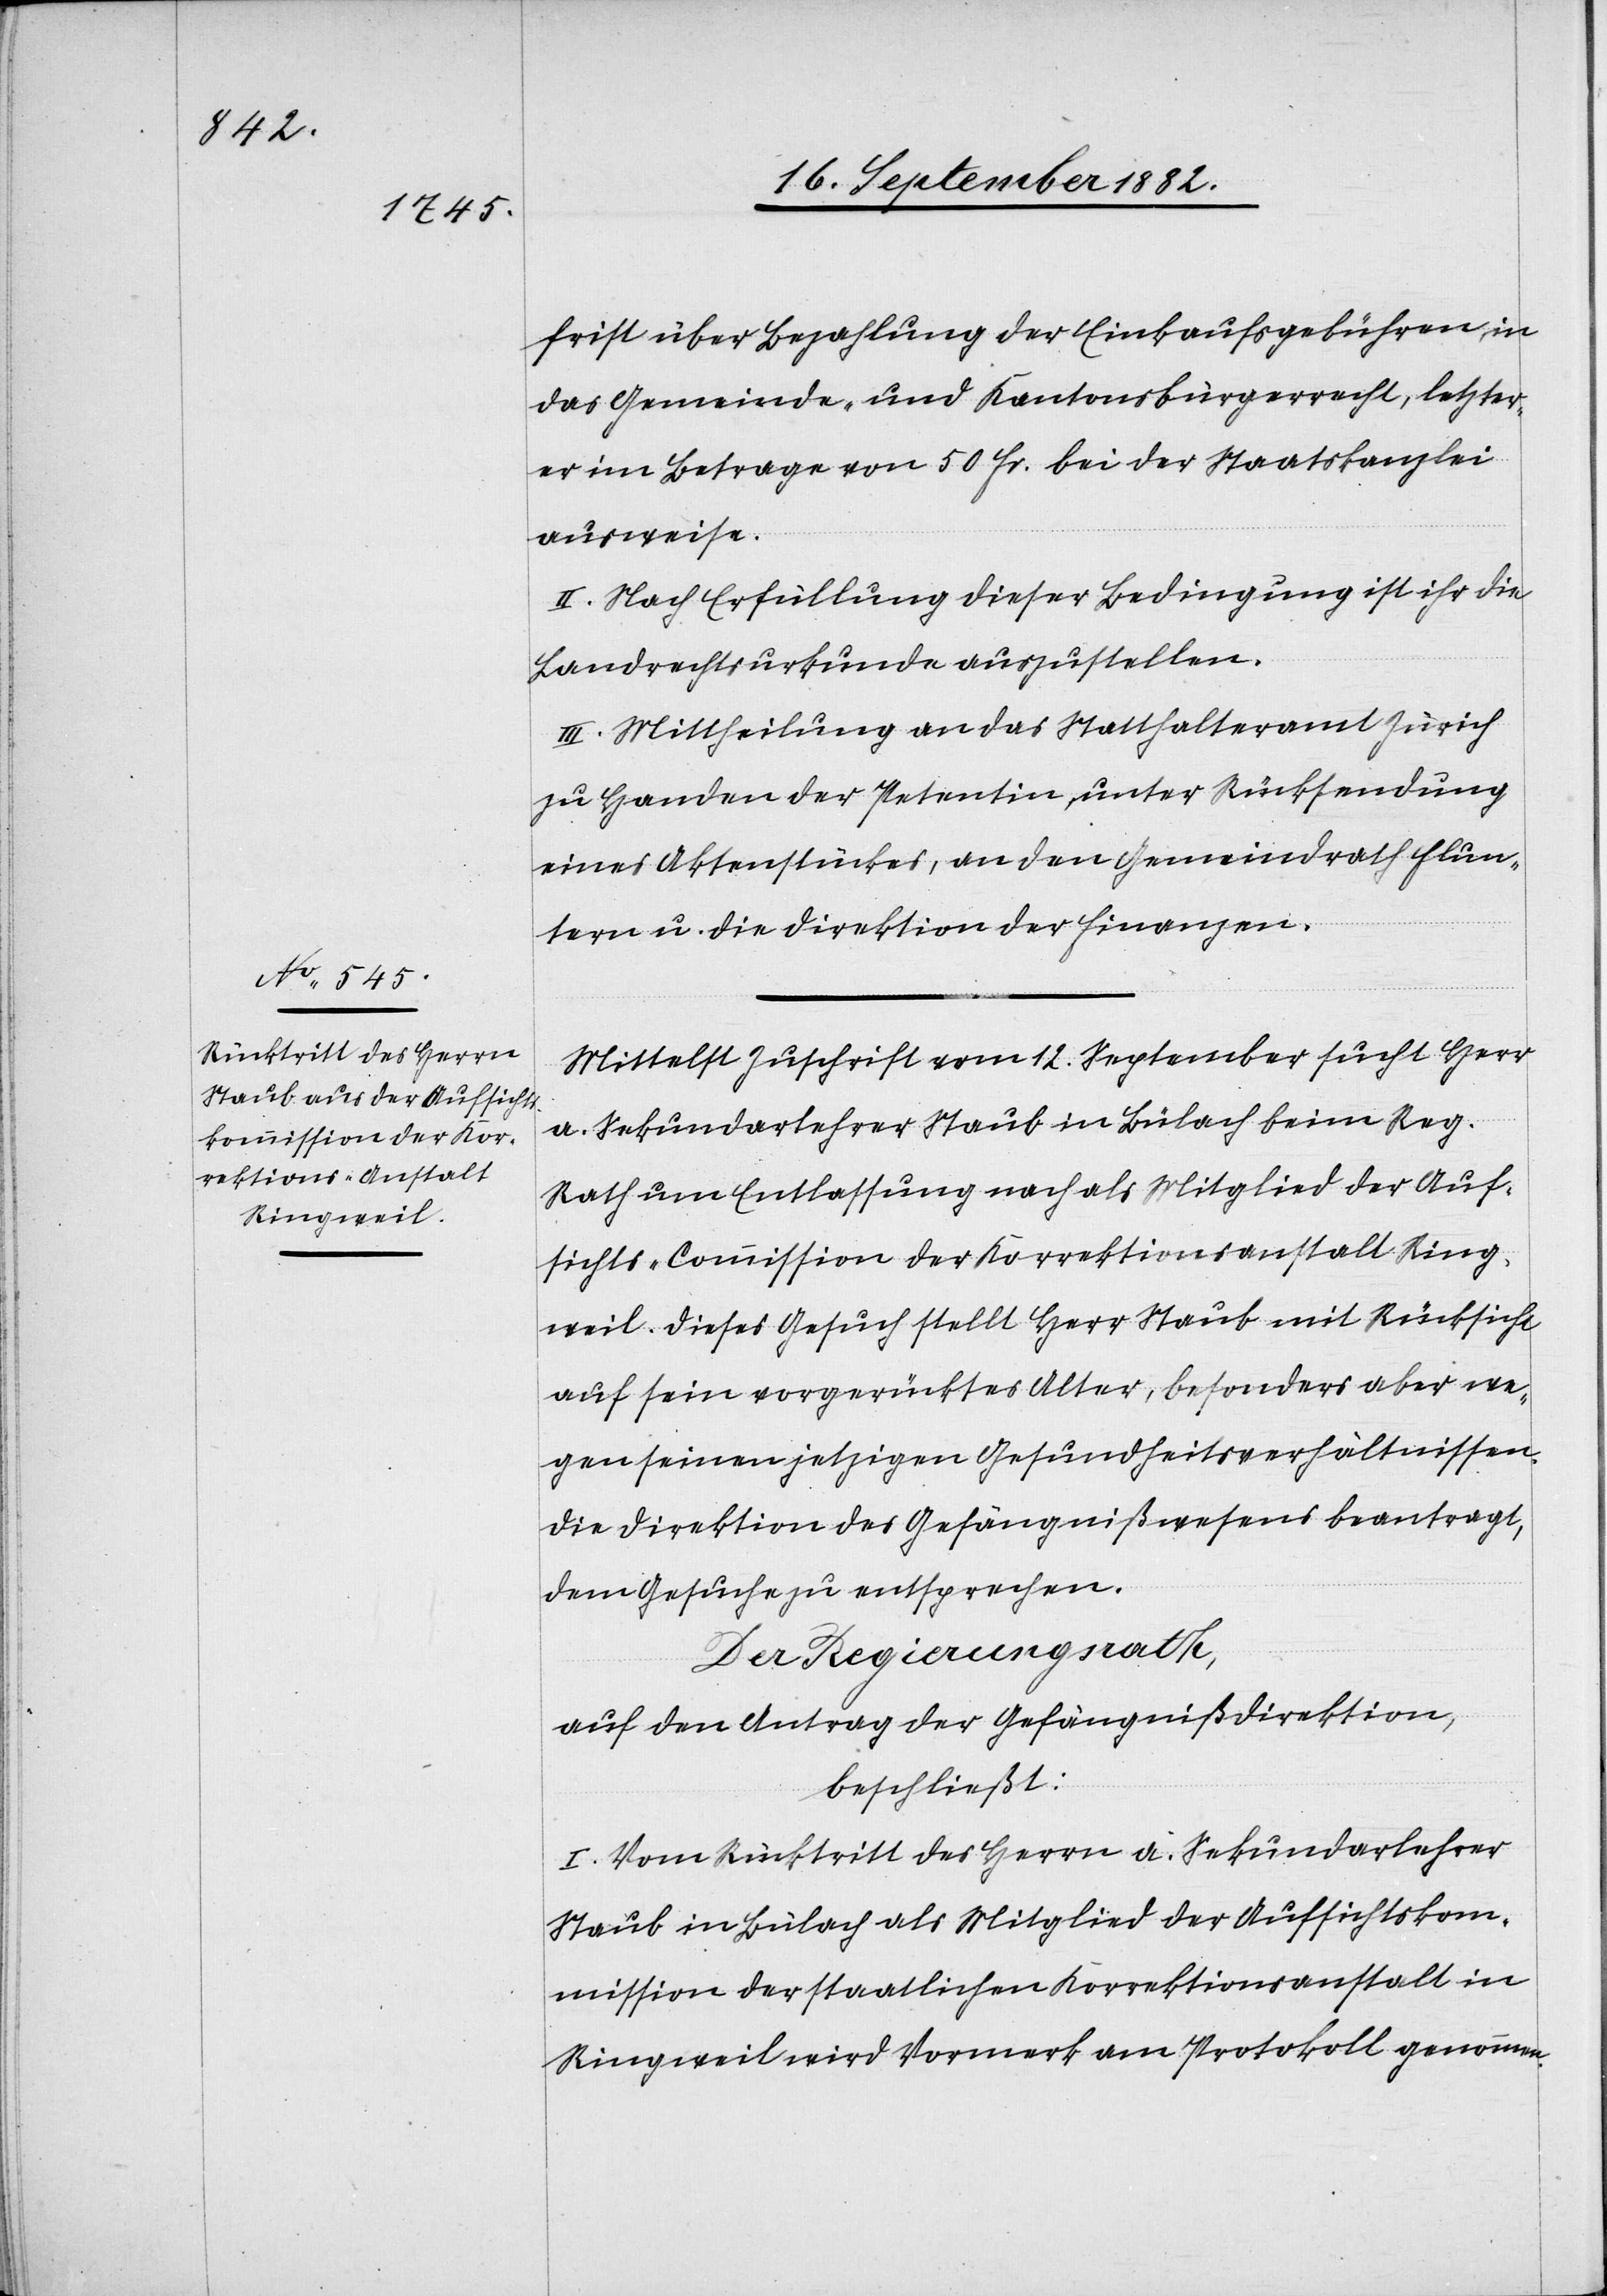
frist über Bezahlung der Einkaufsgebühren, in
das Gemeinde- und Kantonsbürgerrecht, letzter¬
er im Betrage von 50 Fr. bei der Staatskanzlei
ausweise.
II. Nach Erfüllung dieser Bedingung ist ihr die
Landrechtsurkunde auszustellen.
III. Mittheilung an das Statthalteramt Zürich
zu Handen der Petentin, unter Rücksendung
eines Aktenstückes, an den Gemeindrath Flun¬
tern u. die Direktion der Finanzen.
Mittelst Zuschrift vom 12. September sucht Herr
a. Sekundarlehrer Staub in Bülach beim Reg.
Rath um Entlassung nach als Mitglied der Auf¬
sichts-Commission der Korrektionsanstalt Ring¬
weil. Dieses Gesuch stellt Herr Staub mit Rücksicht
auf sein vorgerücktes Alter, besonders aber we¬
gen seinen jetzigen Gesundheitsverhältnissen.
Die Direktion des Gefängnißwesens beantragt,
dem Gesuch zu entsprechen.
Der Regierungsrath,
auf den Antrag der Gefängnißdirektion,
beschließt:
I. Vom Rücktritt des Herrn a. Sekundarlehrer
Staub in Bülach als Mitglied der Aufsichtskom¬
mission der staatlichen Korrektionsanstalt in
Ringweil wird Vormerk am Protokoll genommen.